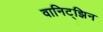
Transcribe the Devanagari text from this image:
वानिट्झिन